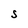
Character: S